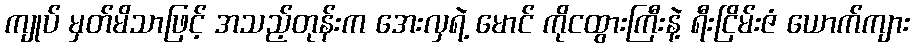
ကျုပ် မှတ်မိသာဖြင့် အသည့်တုန်းက အေးလှရဲ့ မောင် ကိုငထွားကြီးနဲ့ ရီးငြိမ်းဇံ ယောက်ကျား